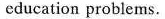
education problems.